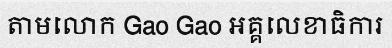
តាមលោក Gao Gao អគ្គលេខាធិការ